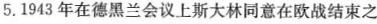
5.1943年在德黑兰会议上斯大林同意在欧战结束之